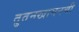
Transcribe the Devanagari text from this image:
तुतनखामनची